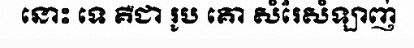
នោះ ទេ គឺជា រូប គោ សំរែសំឡាញ់